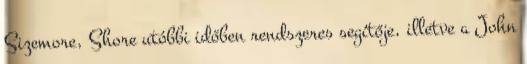
Sizemore, Shore utóbbi időben rendszeres segítője, illetve a John